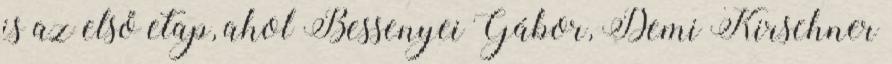
is az első etap, ahol Bessenyei Gábor, Demi Kirschner